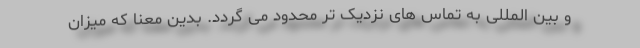
و بین المللی به تماس های نزدیک تر محدود می گردد. بدین معنا که میزان